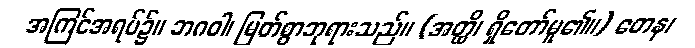
အကြင်အရပ်၌။ ဘဂဝါ၊ မြတ်စွာဘုရားသည်။ (အတ္ထိ၊ ရှိတော်မူ၏။) တေန၊